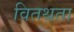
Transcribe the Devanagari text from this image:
वितथता